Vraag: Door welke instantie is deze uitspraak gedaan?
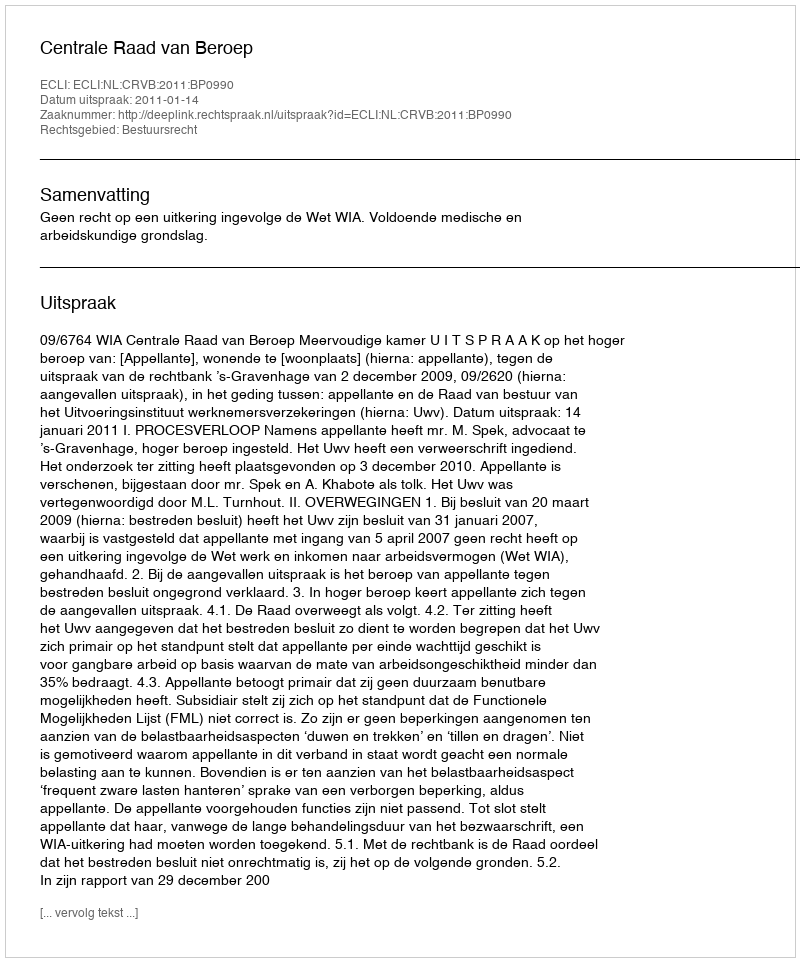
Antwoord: Centrale Raad van Beroep